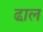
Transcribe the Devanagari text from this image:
ढा़ल